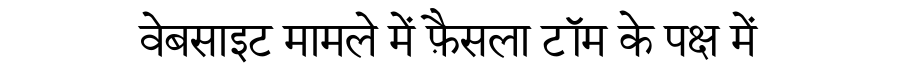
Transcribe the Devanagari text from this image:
वेबसाइट मामले में फ़ैसला टॉम के पक्ष में